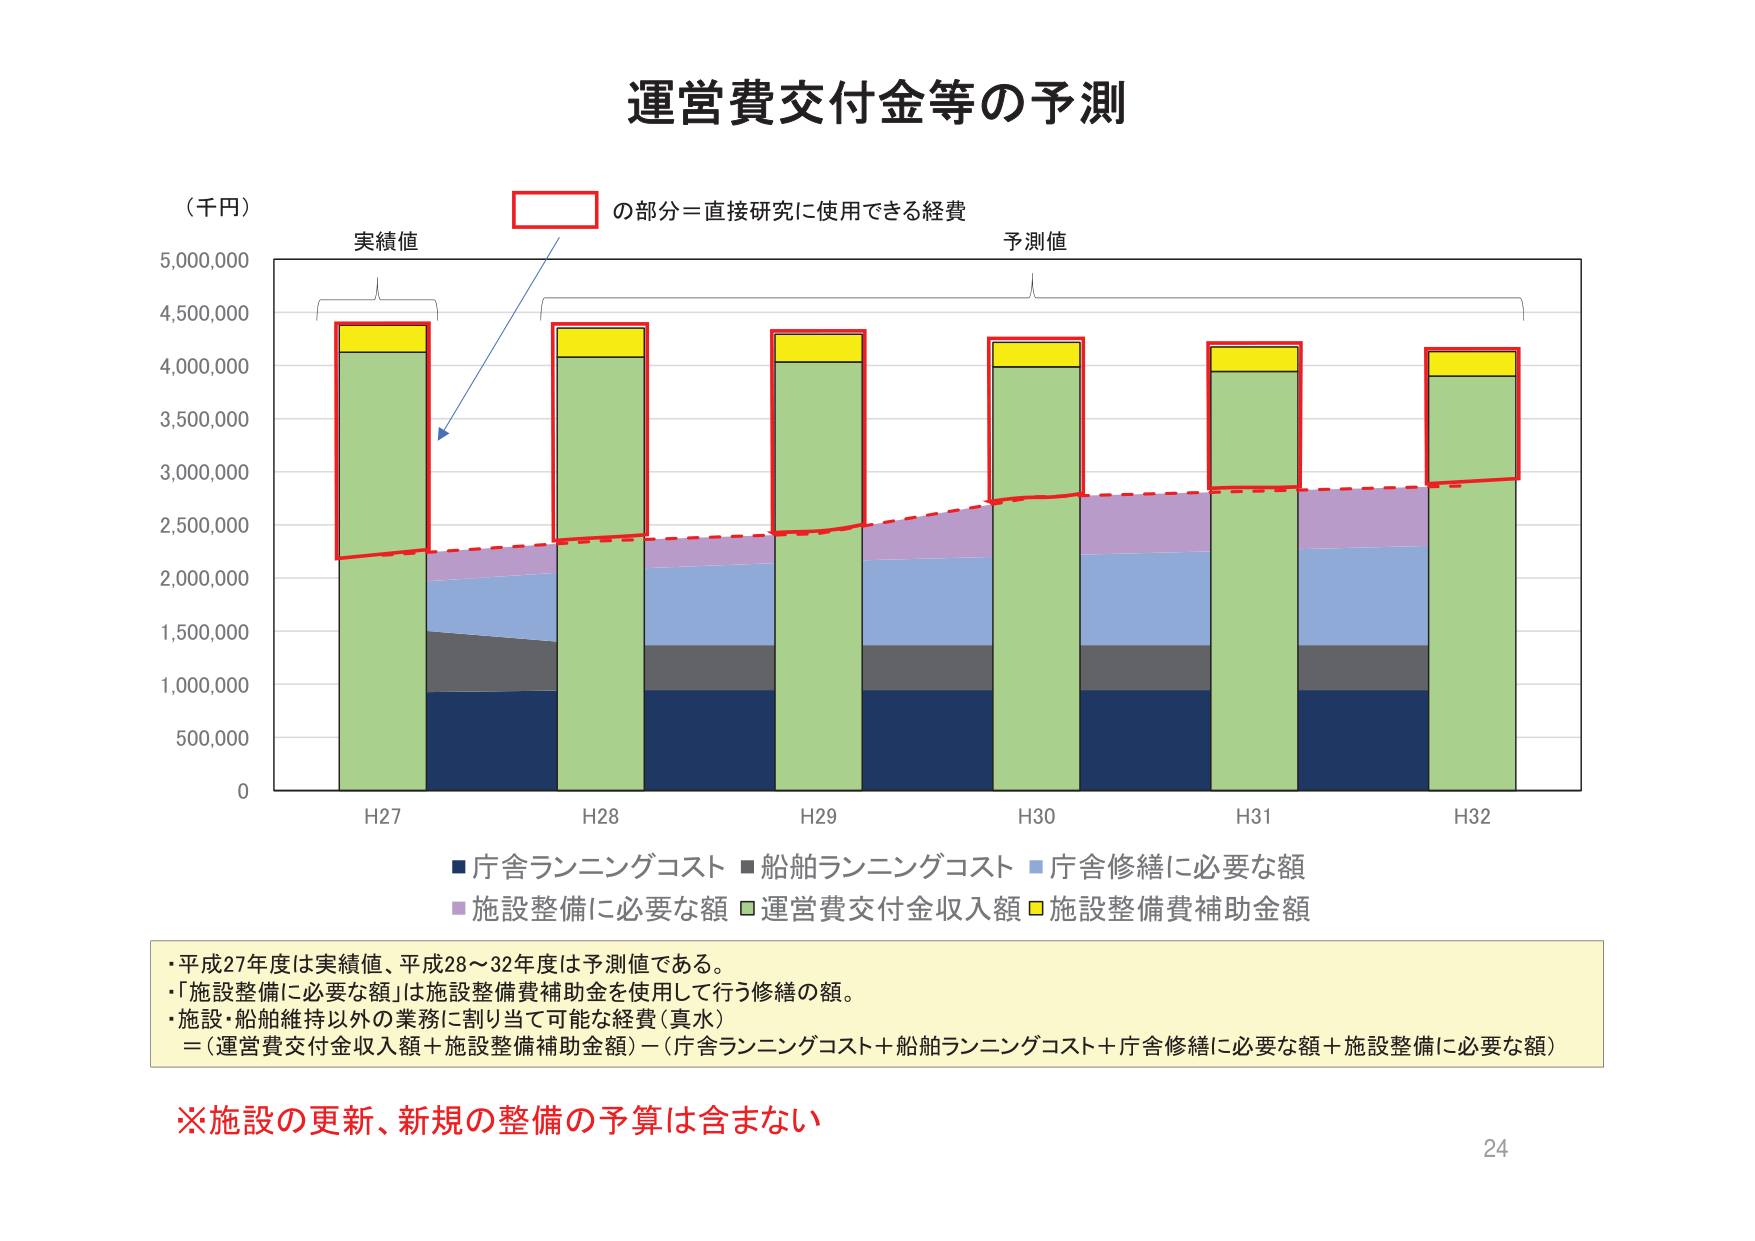
運営費交付金等の予測

（千円）

実績値

予測値

□ の部分＝直接研究に使用できる経費

5,000,000
4,500,000
4,000,000
3,500,000
3,000,000
2,500,000
2,000,000
1,500,000
1,000,000
500,000
0

H27
H28
H29
H30
H31
H32

■庁舎ランニングコスト ■船舶ランニングコスト ■庁舎修繕に必要な額
■施設整備に必要な額 ■運営費交付金収入額 ■施設整備費補助金額

・平成27年度は実績値、平成28～32年度は予測値である。
・「施設整備に必要な額」は施設整備費補助金を使用して行う修繕の額。
・施設・船舶維持以外の業務に割り当て可能な経費（真水）
＝（運営費交付金収入額＋施設整備補助金額）－（庁舎ランニングコスト＋船舶ランニングコスト＋庁舎修繕に必要な額＋施設整備に必要な額）

※施設の更新、新規の整備の予算は含まない

24